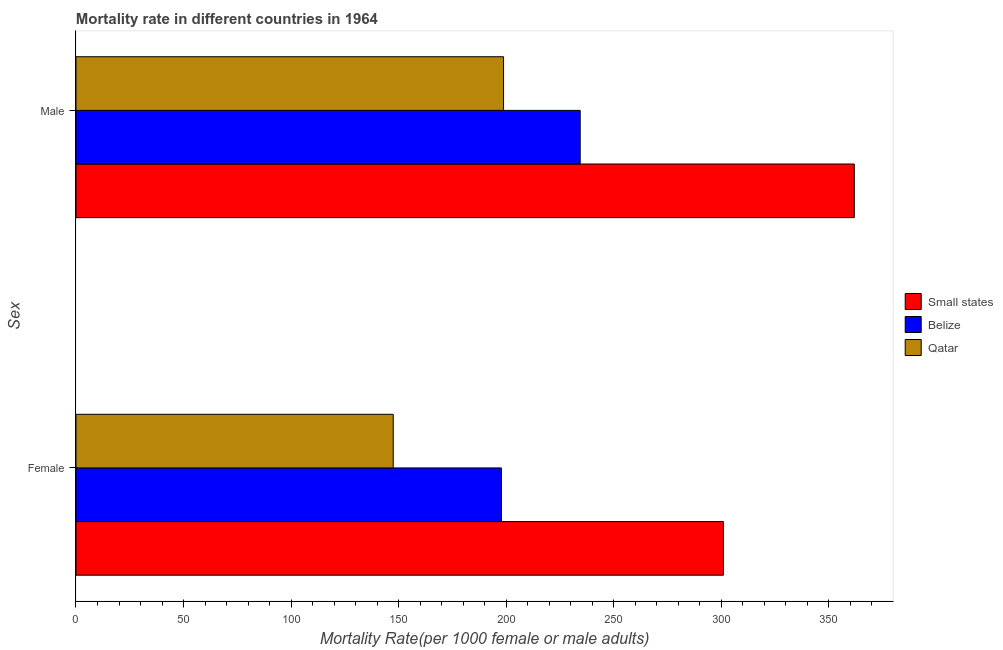
| Sex | Small states | Belize | Qatar |
 | --- | --- | --- | --- |
 | Female | 301 | 198 | 147 |
 | Male | 362 | 234 | 199 |